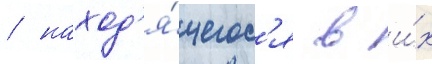
/ наход'я́щегос'я в и́х